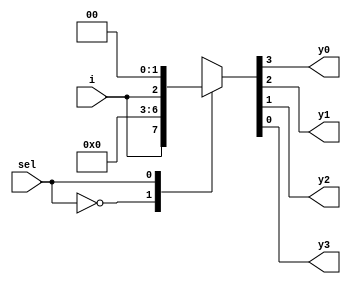
// Code your design here

module demux(input sel,i,output reg  y0,y1,y2,y3);

  
  always@(*)begin
    case(sel)
      2'b00:{y0,y1,y2,y3} = {i,3'b0};
      2'b01:{y0,y1,y2,y3} = {1'b0,i,2'b0};
      2'b10:{y0,y1,y2,y3} = {2'b0,i,1'b0};
      2'b11:{y0,y1,y2,y3} = {3'b0,i};
      default:$display("invalid no.");
    endcase
  end

endmodule

// Code your testbench here
// or browse Examples
module demux_tb;

reg sel,i;
wire y0,y1,y2,y3;

  demux de(sel,i,y0,y1,y2,y3);

initial begin
  $monitor("sel=%h,i=%h,--->y0=%d,y1=%d,y2=%d,y3=%d",sel,i, y0,y1,y2,y3);

sel=0; i=0; #1;
sel=1; i=0; #1;
sel=1; i=1; #1;

end
  
  initial begin
    $dumpfile("demux.vcd");
    $dumpvars(0,demux_tb);
  end
endmodule